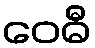
ဝေဓီ